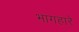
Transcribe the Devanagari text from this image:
भागहारे